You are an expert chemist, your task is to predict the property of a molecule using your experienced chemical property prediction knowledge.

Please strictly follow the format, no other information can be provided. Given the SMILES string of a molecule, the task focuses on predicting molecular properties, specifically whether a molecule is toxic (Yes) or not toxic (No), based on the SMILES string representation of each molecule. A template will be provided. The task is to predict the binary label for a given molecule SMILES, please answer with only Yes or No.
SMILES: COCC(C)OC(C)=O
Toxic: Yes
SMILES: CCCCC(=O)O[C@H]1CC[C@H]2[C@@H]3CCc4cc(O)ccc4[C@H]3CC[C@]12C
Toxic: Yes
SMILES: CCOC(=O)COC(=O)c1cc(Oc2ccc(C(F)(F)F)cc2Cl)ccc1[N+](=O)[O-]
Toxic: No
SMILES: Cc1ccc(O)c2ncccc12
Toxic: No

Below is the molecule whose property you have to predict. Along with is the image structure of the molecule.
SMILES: COC(=O)CCCCC(=O)O
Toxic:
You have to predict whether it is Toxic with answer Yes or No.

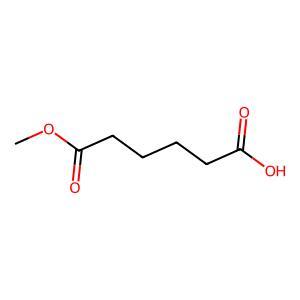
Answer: No